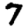
Digit: 7